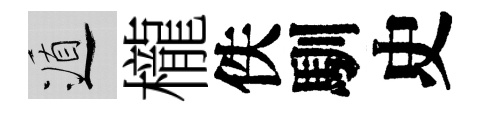
遁櫳佚馴史